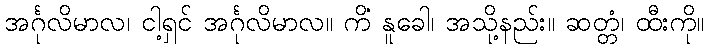
အင်္ဂုလိမာလ၊ ငါ့ရှင် အင်္ဂုလိမာလ။ ကိံ နူခေါ၊ အသို့နည်း။ ဆတ္တံ၊ ထီးကို။